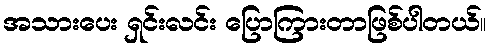
အသားပေး ရှင်းလင်း ပြောကြားတာဖြစ်ပါတယ်။